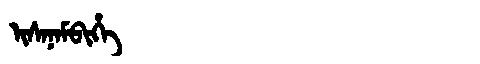
Manchu: ᡳᠰᠠᠨᠠᠮᠪᡳᡥᡝ
Romanization: ISANAMBIHE